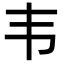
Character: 韦